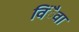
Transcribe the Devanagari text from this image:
विंैवा